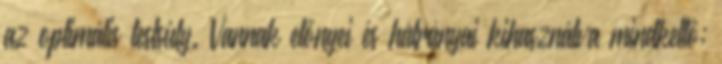
az optimális testsúly. Vannak előnyei és hátrányai kihasználva mindkettő;